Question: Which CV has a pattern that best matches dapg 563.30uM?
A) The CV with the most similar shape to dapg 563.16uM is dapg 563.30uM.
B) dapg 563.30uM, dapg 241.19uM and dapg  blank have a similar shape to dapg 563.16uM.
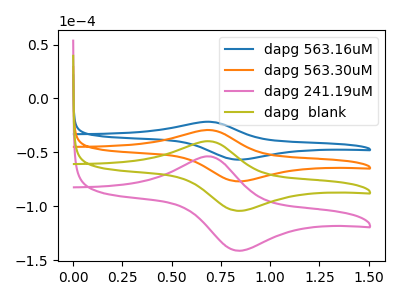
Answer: <think>The blue curve "dapg 563.16uM" has an anodic peak at (0.70V, -21.55uA) and a cathodic peak at (0.85V, -56.70uA). The orange curve "dapg 563.30uM" has an anodic peak at (0.70V, -29.20uA) and a cathodic peak at (0.85V, -76.80uA). The pink curve "dapg 241.19uM" has an anodic peak at (0.70V, -87.65uA) and a cathodic peak at (0.85V, -230.45uA). The olive curve "dapg  blank" has an anodic peak at (0.70V, -58.40uA) and a cathodic peak at (0.85V, -153.65uA).
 All the peaks in "dapg 563.16uM" have a peak in "dapg 563.30uM" at the same potential. All the peaks in "dapg 563.16uM" have a peak in "dapg 241.19uM" at the same potential. All the peaks in "dapg 563.16uM" have a peak in "dapg  blank" at the same potential. All the peaks in "dapg 563.30uM" have a peak in "dapg 241.19uM" at the same potential. All the peaks in "dapg 563.30uM" have a peak in "dapg  blank" at the same potential. All the peaks in "dapg 241.19uM" have a peak in "dapg  blank" at the same potential.</think>
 <answer>B) "dapg 563.30uM", "dapg 241.19uM" and "dapg  blank" have a similar shape to "dapg 563.16uM".</answer>
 <eval>B</eval>